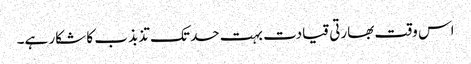
اس وقت بھارتی قیادت بہت حد تک تذبذب کا شکار ہے۔